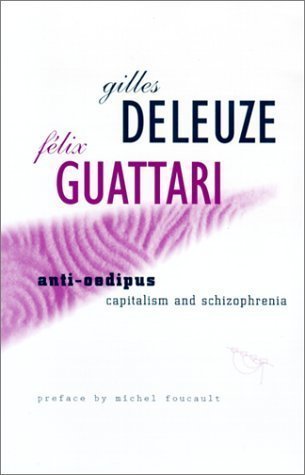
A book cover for Anti-Oedipus: Capitalism and Schizophrenia by Deleuze, Gilles published by Univ Of Minnesota Press (1983); Health, Fitness & Dieting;